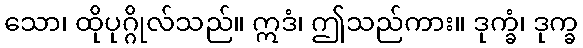
သော၊ ထိုပုဂ္ဂိုလ်သည်။ ဣဒံ၊ ဤသည်ကား။ ဒုက္ခံ၊ ဒုက္ခ